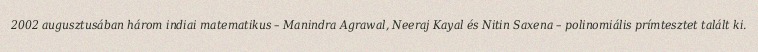
2002 augusztusában három indiai matematikus – Manindra Agrawal, Neeraj Kayal és Nitin Saxena – polinomiális prímtesztet talált ki.